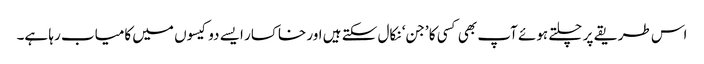
اس طریقے پر چلتے ہوئے آپ بھی کسی کا ’جن‘ نکال سکتے ہیں اور خاکسار ایسے دو کیسوں میں کامیاب رہا ہے۔